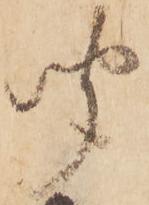
聞